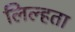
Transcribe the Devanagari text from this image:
लिल्हता